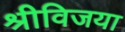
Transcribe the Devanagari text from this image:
श्रीविजया